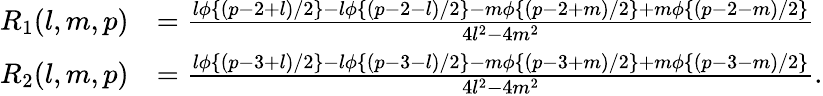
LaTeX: \begin{array}{rl}{R_{1}(l,m,p)}&{=\frac{l\phi\{ (p{-}2{+}l)/2\} {-}l\phi\{ (p{-}2{-}l)/2\} {-}m\phi\{ (p{-}2{+}m)/2\} {+}m\phi\{ (p{-}2{-}m)/2\} }{4l^{2}-4m^{2}}}\\ {R_{2}(l,m,p)}&{=\frac{l\phi\{ (p{-}3{+}l)/2\} -l\phi\{ (p{-}3{-}l)/2\} {-}m\phi\{ (p{-}3{+}m)/2\} {+}m\phi\{ (p{-}3{-}m)/2\} }{4l^{2}-4m^{2}}.}\end{array}